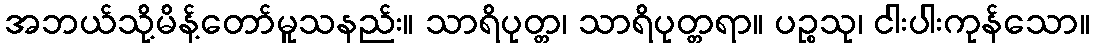
အဘယ်သို့မိန့်တော်မူသနည်း။ သာရိပုတ္တ၊ သာရိပုတ္တရာ။ ပဉ္စသု၊ ငါးပါးကုန်သော။